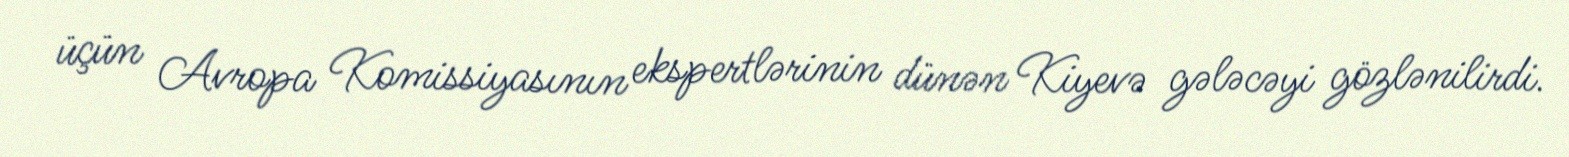
üçün Avropa Komissiyasının ekspertlərinin dünən Kiyevə gələcəyi gözlənilirdi.